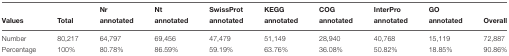
|  |  | Nr | Nt | SwissProt | KEGG | COG | InterPro | GO |  |
 | Values | Total | annotated | annotated | annotated | annotated | annotated | annotated | annotated | Overall |
 | --- | --- | --- | --- | --- | --- | --- | --- | --- | --- |
 | Number | 80,217 | 64,797 | 69,456 | 47,479 | 51,149 | 28,940 | 40,768 | 15,119 | 72,887 |
 | Percentage | 100% | 80.78% | 86.59% | 59.19% | 63.76% | 36.08% | 50.82% | 18.85% | 90.86% |